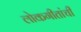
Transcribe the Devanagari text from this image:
लोकगीतांची